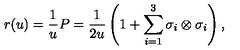
r ( u ) = \frac { 1 } { u } P = \frac { 1 } { 2 u } \left( 1 + \sum _ { i = 1 } ^ { 3 } \sigma _ { i } \otimes \sigma _ { i } \right) ,